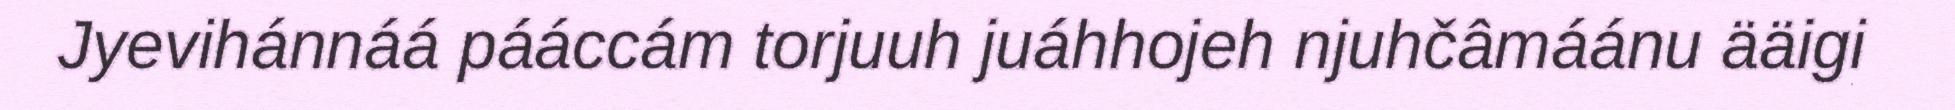
Jyevihánnáá pááccám torjuuh juáhhojeh njuhčâmáánu ääigi